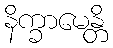
နိက္ခာမေန္တိ